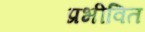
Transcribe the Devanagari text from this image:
प्रभीवित